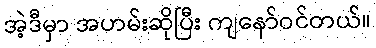
အဲ့ဒီမှာ အဟမ်းဆိုပြီး ကျနော်ဝင်တယ်။